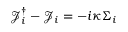
\mathcal { J } _ { i } ^ { \dagger } - \mathcal { J } _ { i } = - i \kappa \Sigma _ { i }